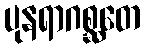
ပုနရာဂစ္ဆတေ